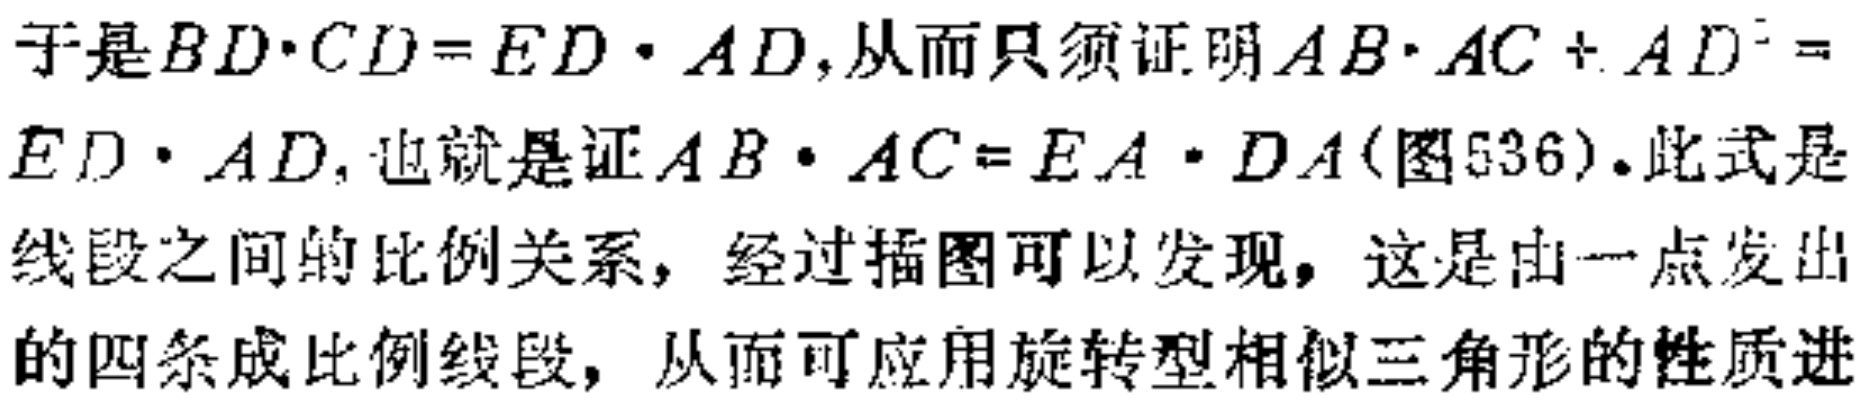
于是\(BD\cdot CD = ED\cdot AD\)，从而只须证明\(AB\cdot AC + AD^{2}=ED\cdot AD\)，也就是证\(AB\cdot AC = EA\cdot DA\)(图536)。此式是线段之间的比例关系，经过插图可以发现，这是由一点发出的四条成比例线段，从而可应用旋转型相似三角形的性质进